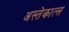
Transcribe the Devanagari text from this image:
अस्तेकात्ल